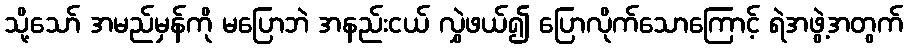
သို့သော် အမည်မှန်ကို မပြောဘဲ အနည်းငယ် လွှဲဖယ်၍ ပြောလိုက်သောကြောင့် ရဲအဖွဲ့အတွက်